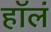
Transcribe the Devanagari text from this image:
हॉलं